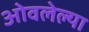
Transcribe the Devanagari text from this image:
ओवलेल्या